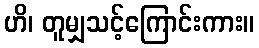
ဟိ၊ တူမျှသင့်ကြောင်းကား။